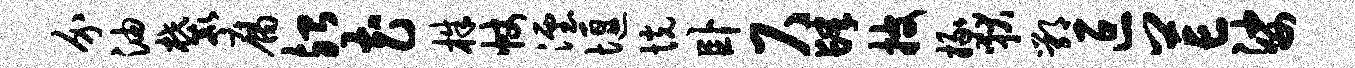
介油麓腐殆花株帐湮堰恍卧尺肆披掾狄鄂叵芒娑